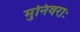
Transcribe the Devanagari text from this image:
मुनिवराः